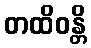
တထိဝန္တိ